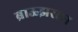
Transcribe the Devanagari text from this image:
ब्राऊझरला